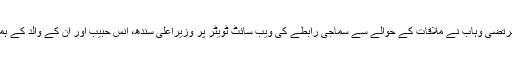
ترجمان سندھ حکومت بیرسٹر مرتضیٰ وہاب نے ملاقات کے حوالے سے سماجی رابطے کی ویب سائٹ ٹویٹر پر وزیراعلیٰ سندھ، انس حبیب اور ان کے والد کے ہمراہ لی گئی سلیفی بھی شیئر کی۔